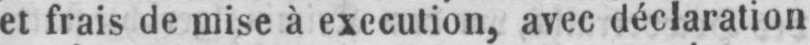
et frais de mise à execution, avec déclaration